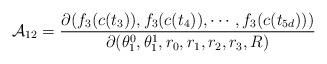
LaTeX: \begin{align*} \mathcal A_{12}={\partial (f_3(c(t_3)), f_3(c(t_4)), \cdots, f_3(c(t_{5d})))\over\partial (\theta_1^0, \theta_1^1, r_0, r_1, r_2, r_3, R)}\end{align*}